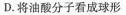
D.将油酸分子看成球形